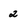
Character: 2